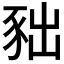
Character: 𧰹